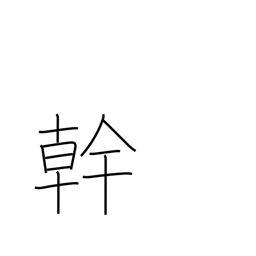
Meaning: talent